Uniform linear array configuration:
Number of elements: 64
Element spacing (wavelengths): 0.75
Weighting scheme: hann
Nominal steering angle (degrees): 15
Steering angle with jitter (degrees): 16.607
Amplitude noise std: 0.05
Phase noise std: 0.05

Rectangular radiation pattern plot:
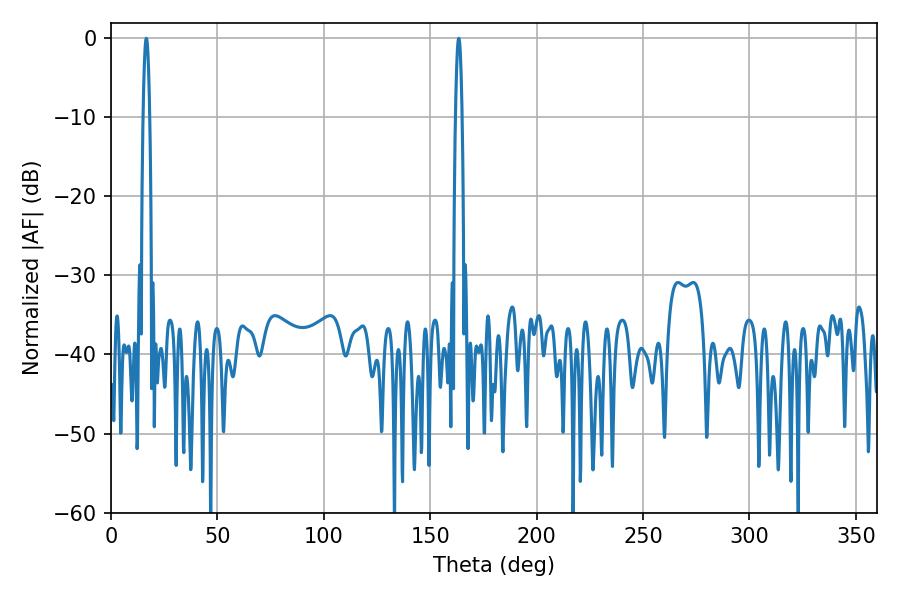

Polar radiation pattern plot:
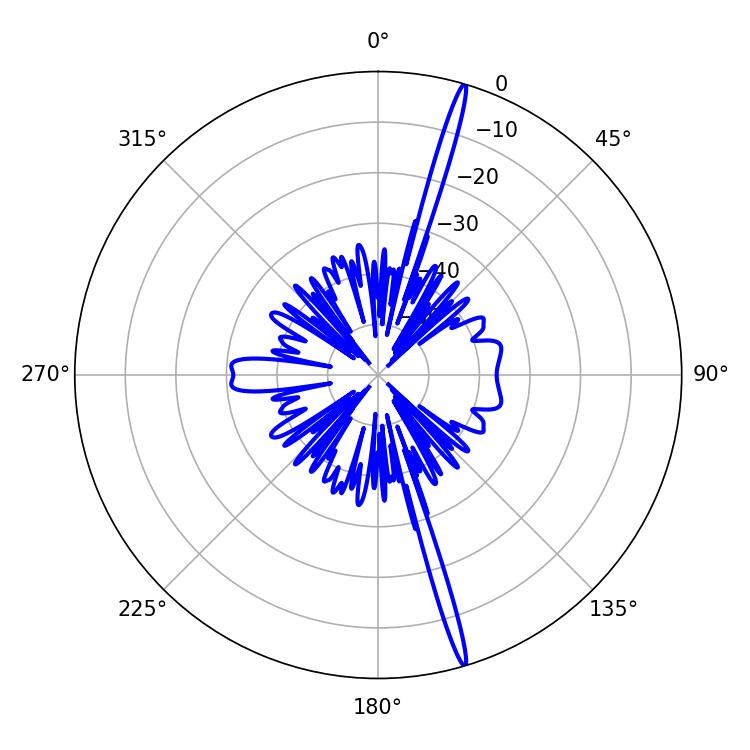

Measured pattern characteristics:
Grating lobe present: TRUE
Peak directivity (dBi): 20.265
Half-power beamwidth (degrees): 1.62
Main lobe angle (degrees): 16.56